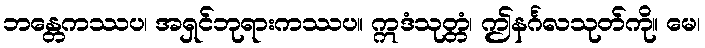
ဘန္တေကဿပ၊ အရှင်ဘုရားကဿပ။ ဣဒံသုတ္တံ၊ ဤနင်္ဂလသုတ်ကို။ မေ၊